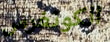
الكونغرس